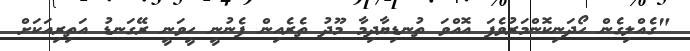
"ގެއްލިގެން ހޯދަނިކޮންމަރުވެފަ އޮއްވަ ތުނޑިޔާދިމާ މޫދު ތެރެއިން ފެނުނީ ހީވަނީ ރޭގަނޑު އަތިރިއަކަށް